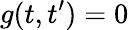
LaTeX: g(t,t^{\prime})=0